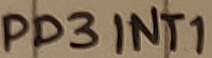
Text: PD3INT1